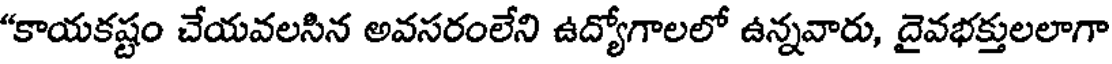
"కాయకష్టం చేయవలసిన అవసరంలేని ఉద్యోగాలలో ఉన్నవారు, దైవభక్తులలాగా